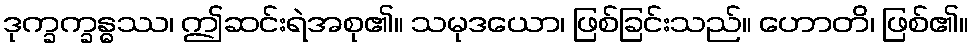
ဒုက္ခက္ခန္ဓဿ၊ ဤဆင်းရဲအစု၏။ သမုဒယော၊ ဖြစ်ခြင်းသည်။ ဟောတိ၊ ဖြစ်၏။